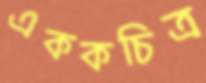
এককচিত্র